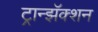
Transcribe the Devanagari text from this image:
ट्रान्झॅक्शन